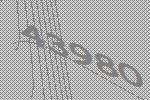
43980